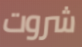
شروت